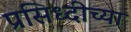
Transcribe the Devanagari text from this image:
प्रसिध्दीच्या